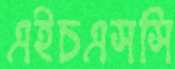
এইচএসসি